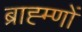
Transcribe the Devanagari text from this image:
ब्राह्म्णों